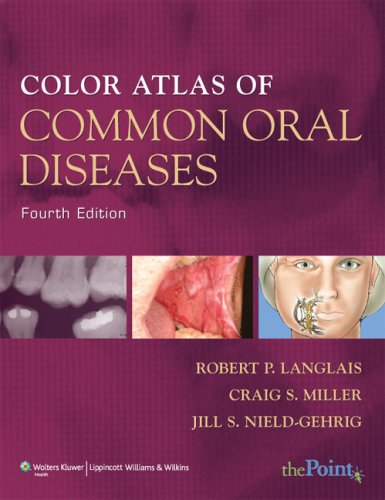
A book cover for Color Atlas of Common Oral Diseases; Robert P. Langlais DDS  MS; Medical Books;